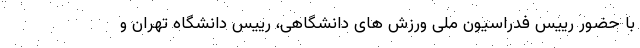
با حضور رییس فدراسیون ملی ورزش های دانشگاهی، رییس دانشگاه تهران و